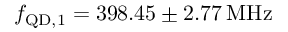
f _ { \mathrm { Q D , 1 } } = 3 9 8 . 4 5 \pm 2 . 7 7 \, \mathrm { M H z }